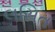
લસિત